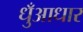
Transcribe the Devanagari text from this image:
धुँआधार